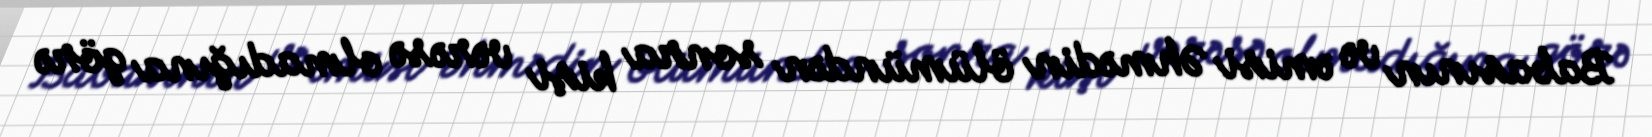
Babasının və əmisi Əhmədin ölümündən sonra kişi vərəsə olmadığına görə